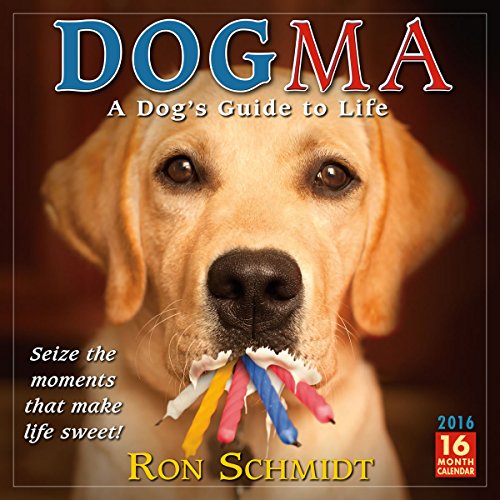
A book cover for Dogma2016 Wall Calendar; Ron Schmidt; Calendars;